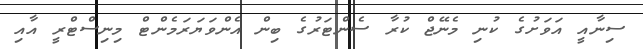
ސިނާއީ އަވަށުގެ ކުނި މެނޭޖް ކުރާ ސެންޓަރުގެ ބިން އެންވަޔަރަމެންޓް މިނިސްޓްރީ އާއި